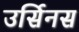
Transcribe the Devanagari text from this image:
उर्सिनस